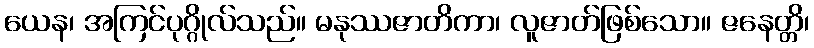
ယေန၊ အကြင်ပုဂ္ဂိုလ်သည်။ မနုဿဇာတိကာ၊ လူဇာတ်ဖြစ်သော။ ဇနေတ္တိ၊